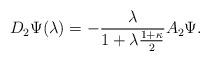
LaTeX: \begin{align*}D_{2}\Psi (\lambda)=-\frac {\lambda }{1+\lambda \frac{1+\kappa}{2}}A_{2}\Psi .\end{align*}